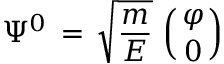
\Psi ^ { 0 } \, = \, \sqrt { \frac { m } { E } } \, \left( { \varphi \atop 0 } \right)